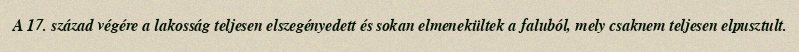
A 17. század végére a lakosság teljesen elszegényedett és sokan elmenekültek a faluból, mely csaknem teljesen elpusztult.